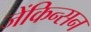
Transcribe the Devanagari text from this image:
जेंकिन्सन